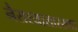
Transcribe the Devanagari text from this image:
नैराश्यासारख्या